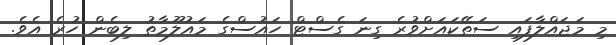
މި މަޖައްލާފައި ސަތޭކައަށްވުރެ ގިނަ ގެސްޓް ހައުސްގެ މައުލޫމާތު ލިބެން ހުރެ އެވެ.